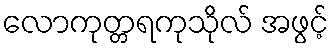
လောကုတ္တရကုသိုလ် အဖွင့်